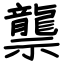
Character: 龒